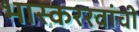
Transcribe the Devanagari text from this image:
भास्कररवांची